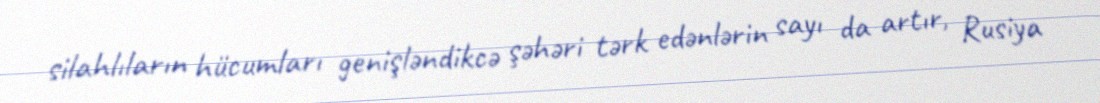
silahlıların hücumları genişləndikcə şəhəri tərk edənlərin sayı da artır, Rusiya